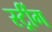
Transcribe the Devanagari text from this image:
स्ट्रींग